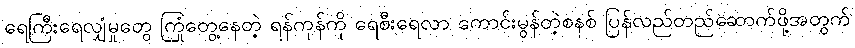
ရေကြီးရေလျှံမှုတွေ ကြုံတွေ့နေတဲ့ ရန်ကုန်ကို ရေစီးရေလာ ကောင်းမွန်တဲ့စနစ် ပြန်လည်တည်ဆောက်ဖို့အတွက်